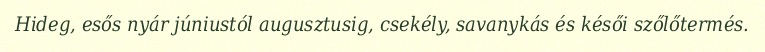
Hideg, esős nyár júniustól augusztusig, csekély, savanykás és késői szőlőtermés.